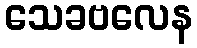
သေခဗလေန